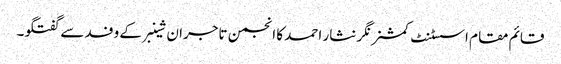
قائم مقام اسسٹنٹ کمشنر نگر نثار احمد کا انجمن تاجران شینبرکے وفد سے گفتگو۔